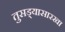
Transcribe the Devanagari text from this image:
तुसड्यासारखा